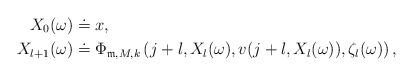
LaTeX: \begin{align*} X_{0}(\omega)&\doteq x, \\X_{l+1}(\omega)&\doteq \Phi_{\mathfrak{m},M,k}\left(j+l,X_{l}(\omega),v(j+l,X_{l}(\omega)),\zeta_{l}(\omega)\right),\end{align*}